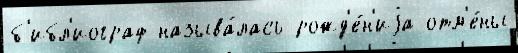
б'ибл'иограф называ́лась рожд'е́н'иjа отм'е́ны